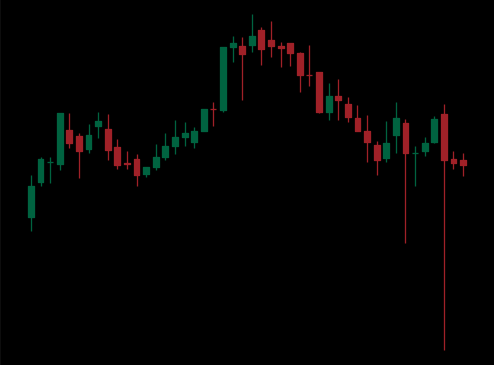
Pattern: head_shoulders